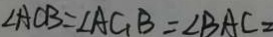
\angle A C B = \angle A C _ { 1 } B = \angle B A C =